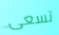
تسعى